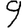
Digit: 9